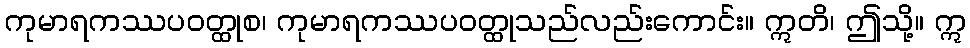
ကုမာရကဿပဝတ္ထုစ၊ ကုမာရကဿပဝတ္ထုသည်လည်းကောင်း။ ဣတိ၊ ဤသို့။ ဣ